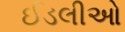
ઈડલીઓ